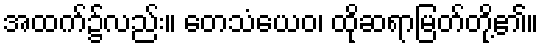
အထက်၌လည်း။ တေသံယေဝ၊ ထိုဆရာမြတ်တို့၏။